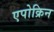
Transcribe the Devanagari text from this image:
एपोक्रिन